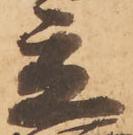
立